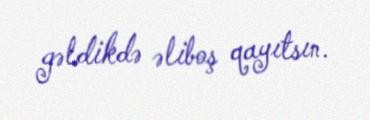
gəldikdə əliboş qayıtsın.